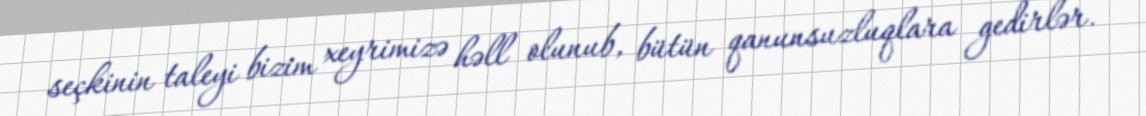
seçkinin taleyi bizim xeyrimizə həll olunub, bütün qanunsuzluqlara gedirlər.